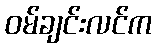
ဝမ်ချင်းလင်က